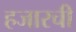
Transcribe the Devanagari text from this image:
हजारची